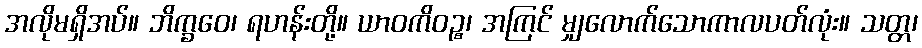
အလိုမရှိအပ်။ ဘိက္ခဝေ၊ ရဟန်းတို့။ ယာဝကိဝဉ္စ၊ အကြင် မျှလောက်သောကာလပတ်လုံး။ သတ္တ၊